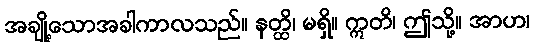
အချို့သောအခါကာလသည်။ နတ္ထိ၊ မရှိ။ ဣတိ၊ ဤသို့။ အာဟ၊